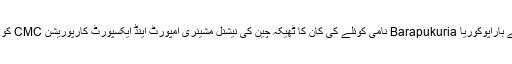
اپوزیشن رہنما خالدہ ضیاء اور دیگر افراد پر الزام ہے کہ انہوں نے باراپوکُوریا Barapukuria نامی کوئلے کی کان کا ٹھیکہ چین کی نیشنل مشینری امپورٹ اینڈ ایکسپورٹ کارپوریشن CMC کو دیا تھا، جس کی وجہ سے ملک کو لاکھوں ڈالر کا نقصان ہوا تھا۔